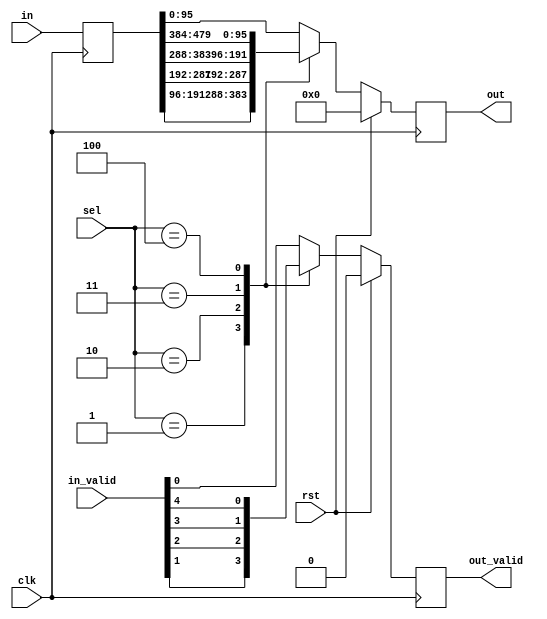
/////////////////////////////////////////////////////////////////////////////////////////////////////////////////////////////////////////////////////////////////////////
// Module: Mux_5_to_1.v
//
//	Function: 
//				Mux used to construct reduction tree for very large muxes
//
// Data Organization:
//				TBD
//
// Used by:
//				TBD
//
// Dependency:
//				N/A
//
// Testbench:
//				TBD
//
// Timing:
//				1 cycle				
//
/////////////////////////////////////////////////////////////////////////////////////////////////////////////////////////////////////////////////////////////////////////

module Mux_5_to_1
#(
	parameter DATA_WIDTH 		= 32*3,
	parameter NUM_INPUT_PORTS	= 5,
	parameter SEL_DIWTH 			= 3				// log(NUM_INPUT_PORTS) / log(2)
)
(
	input clk,
	input rst,
	input [SEL_DIWTH-1:0] sel,
	input [NUM_INPUT_PORTS-1:0] in_valid,
	input [NUM_INPUT_PORTS*DATA_WIDTH-1:0] in,
	output reg [DATA_WIDTH-1:0] out,
	output reg out_valid
);
	
	reg [NUM_INPUT_PORTS*DATA_WIDTH-1:0] in_reg;

	always@(posedge clk)
		begin
		in_reg <= in;
		if(rst)
			begin
			out <= 0;
			out_valid <= 1'b0;
			end
		else
			begin
			case(sel)
				0:
					begin
					out <= in_reg[1*DATA_WIDTH-1:0*DATA_WIDTH];
					out_valid <= in_valid[0];
					end
				1:
					begin
					out <= in_reg[2*DATA_WIDTH-1:1*DATA_WIDTH];
					out_valid <= in_valid[1];
					end
				2:
					begin
					out <= in_reg[3*DATA_WIDTH-1:2*DATA_WIDTH];
					out_valid <= in_valid[2];
					end
				3:
					begin
					out <= in_reg[4*DATA_WIDTH-1:3*DATA_WIDTH];
					out_valid <= in_valid[3];
					end
				4:
					begin
					out <= in_reg[5*DATA_WIDTH-1:4*DATA_WIDTH];
					out_valid <= in_valid[4];
					end
				default:
					begin
					out <= in_reg[1*DATA_WIDTH-1:0*DATA_WIDTH];
					out_valid <= in_valid[0];
					end
			endcase
			end
		end


endmodule